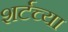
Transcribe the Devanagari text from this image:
शर्टच्या